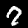
Label: 7